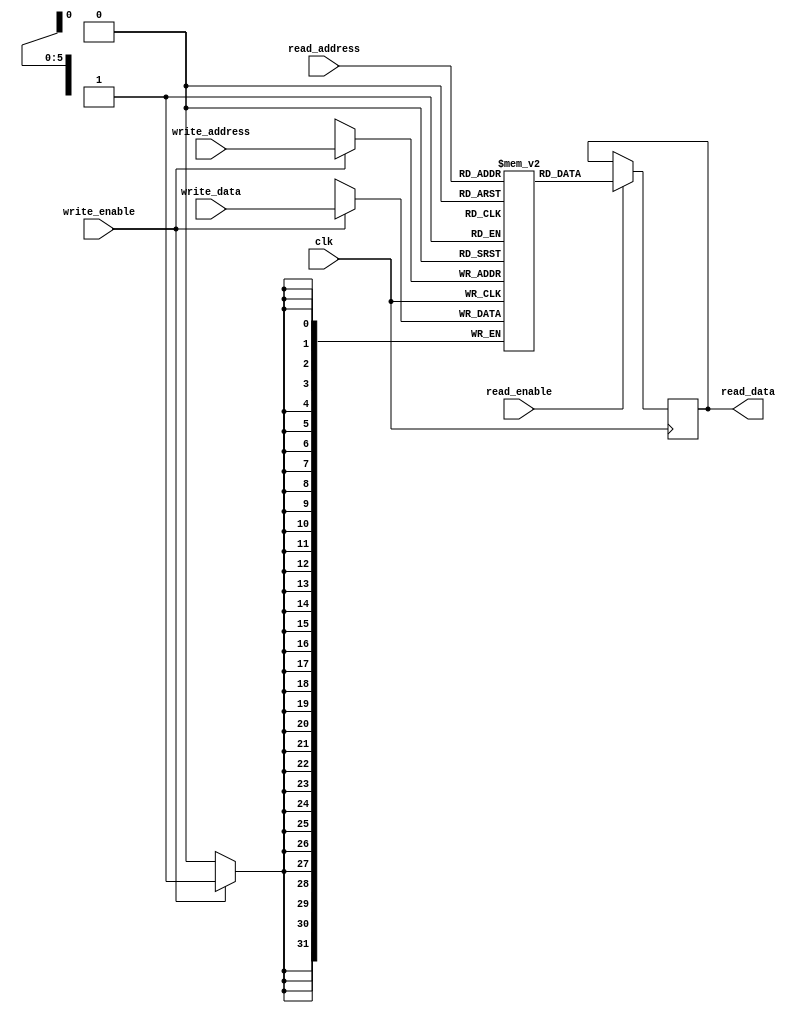
module RegisterFile (
    input wire clk,
    input wire read_enable,
    input wire write_enable,
    input wire [5:0] read_address,
    input wire [5:0] write_address,
    input wire [31:0] write_data,
    output reg [31:0] read_data
);

reg [31:0] mem [63:0]; // 64 registers, each 32 bits wide

always @(posedge clk) begin
    if (read_enable) begin
        read_data <= mem[read_address];
    end
    if (write_enable) begin
        mem[write_address] <= write_data;
    end
end

endmodule